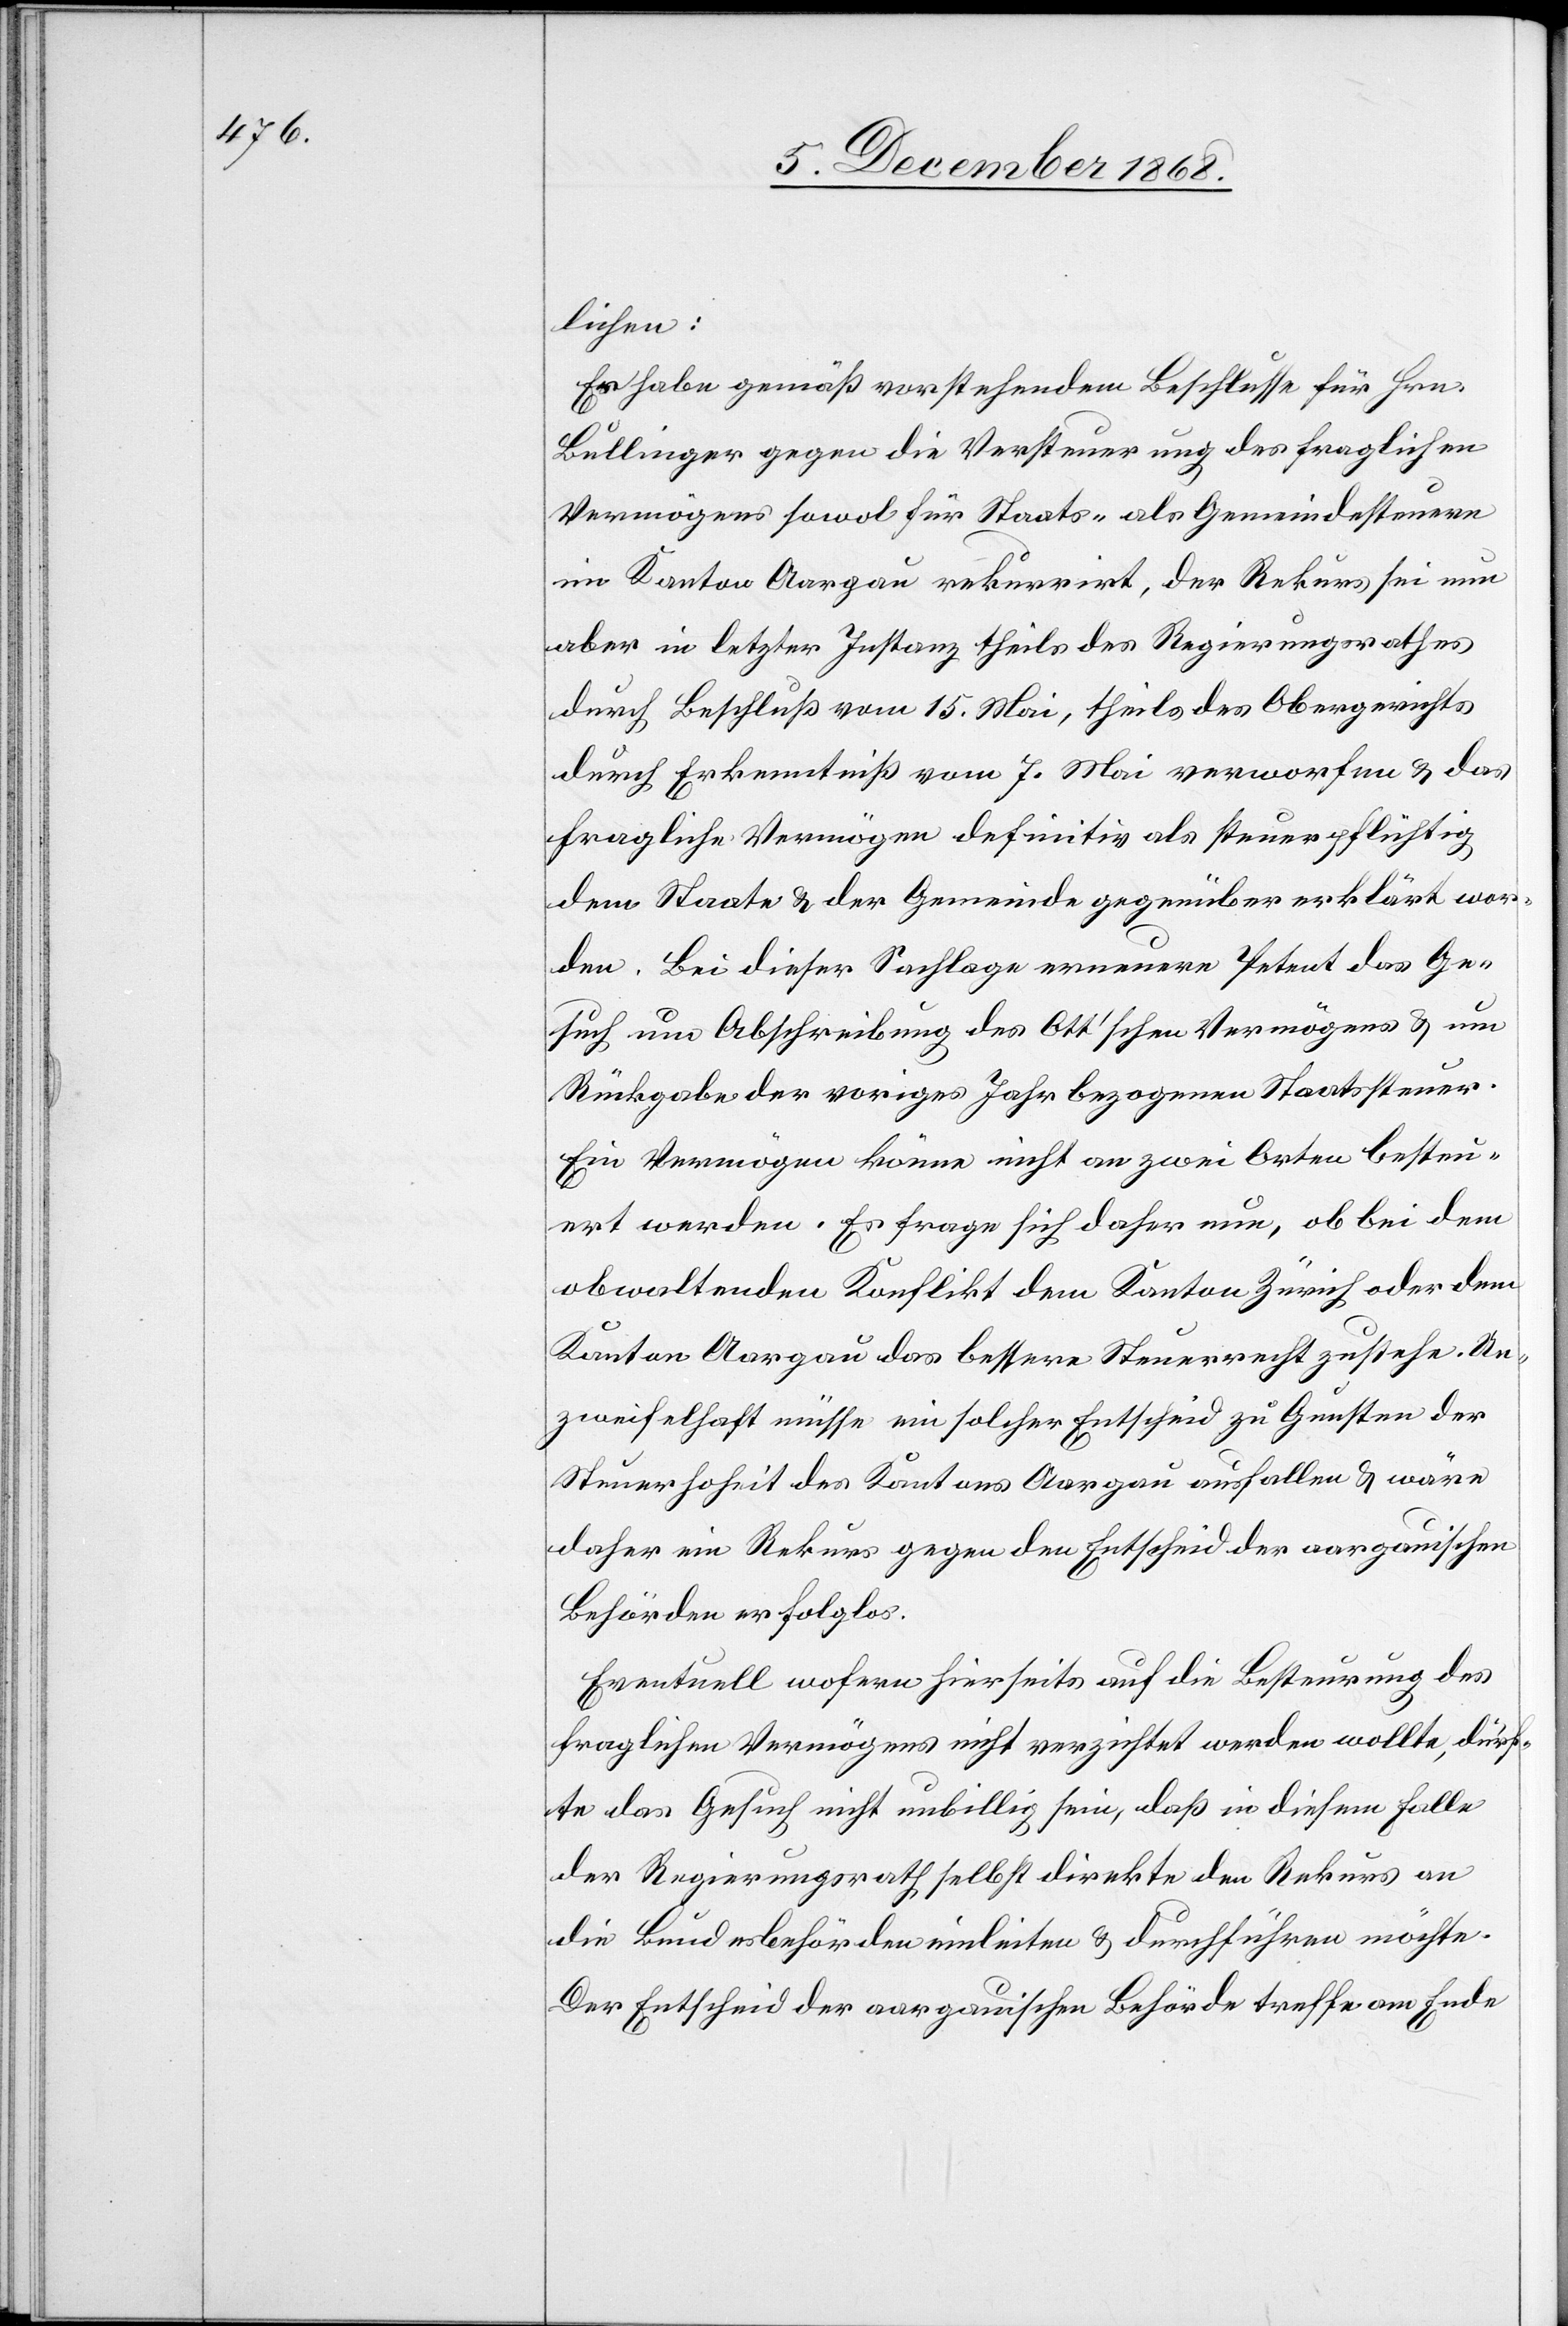
lichen:
Er habe gemäß vorstehendem Beschlusse für Hrn.
Bullinger gegen die Versteuerung des fraglichen
Vermögens sowol für Staats- als Gemeindesteuern
im Kanton Aargau rekurrirt, der Rekurs sei nun
aber in letzter Instanz theils des Regierungsrathes
durch Beschluß vom 15. Mai, theils des Obergerichts
durch Erkenntniß vom 7. Mai verworfen & das
fragliche Vermögen definitiv als steuerpflichtig
dem Staate & der Gemeinde gegenüber erklärt wor¬
den. Bei dieser Sachlage erneuere Petent das Ge¬
such um Abschreibung des Ott’schen Vermögens & um
Rückgabe der voriges Jahr bezogenen Staatssteuer.
Ein Vermögen könne nicht an zwei Orten besteu¬
ert werden. Es frage sich daher nun, ob bei dem
obwaltenden Konflikt dem Kanton Zürich oder dem
Kanton Aargau das bessere Steuerrecht zustehe. Un¬
zweifelhaft müsse ein solcher Entscheid zu Gunsten der
Steuerhoheit des Kantons Aargau ausfallen & wäre
daher ein Rekurs gegen den Entscheid der aargauischen
Behörden erfolglos.
Eventuell wofern hierseits auf die Besteurung des
fraglichen Vermögens nicht verzichtet werden wollte, dürf¬
te das Gesuch nicht unbillig sein, daß in diesem Falle
der Regierungsrath selbst direkte den Rekurs an
die Bundesbehörden einleiten & durchführen möchte.
Der Entscheid der aargauischen Behörde treffe am Ende